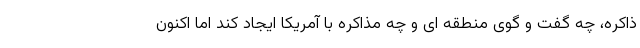
ذاکره، چه گفت و گوی منطقه ای و چه مذاکره با آمریکا ایجاد کند اما اکنون